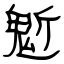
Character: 鬿